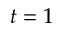
t = 1